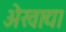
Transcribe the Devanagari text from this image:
अेखाद्या